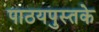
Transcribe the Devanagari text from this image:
पाठयपुस्तके